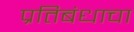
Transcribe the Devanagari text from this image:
प्रतिबंधाचा